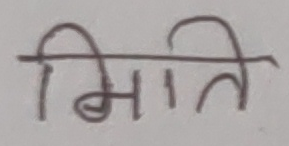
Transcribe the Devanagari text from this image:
मिति